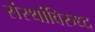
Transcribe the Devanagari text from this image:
संस्थांविरुध्द